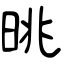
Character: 晀